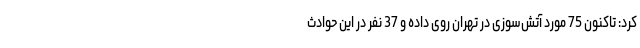
کرد: تاکنون 75 مورد آتش‌سوزی در تهران روی داده و 37 نفر در این حوادث